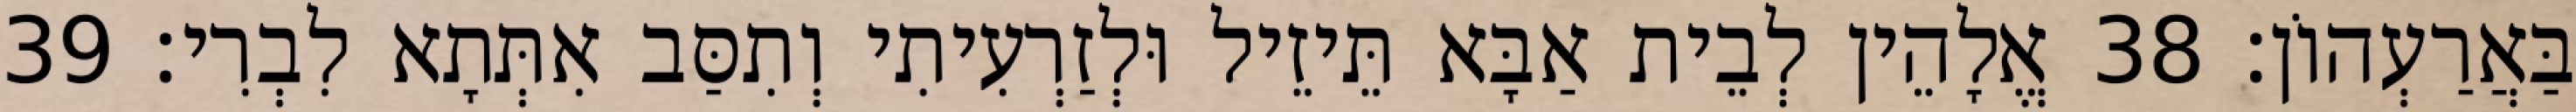
בַּאֲרַעְהוֹן׃ 38 אֱלָהֵין לְבֵית אַבָּא תֵּיזֵיל וּלְזַרְעִיתִי וְתִסַּב אִתְּתָא לִבְרִי׃ 39